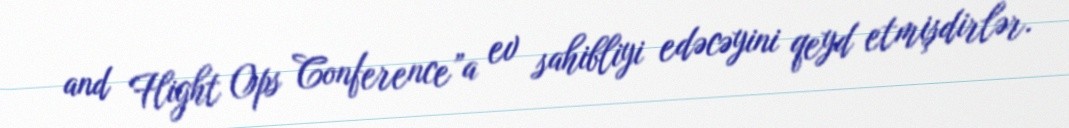
and Flight Ops Conference”a ev sahibliyi edəcəyini qeyd etmişdirlər.